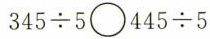
$$3 4 5 \div 5 \circ 4 4 5 \div 5$$